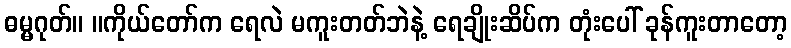
ဓမ္မဂုတ်။ ။ကိုယ်တော်က ရေလဲ မကူးတတ်ဘဲနဲ့ ရေချိုးဆိပ်က တုံးပေါ် ခုန်ကူးတာတော့